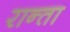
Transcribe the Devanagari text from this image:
रान्ता